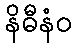
နိဓီနံဝ